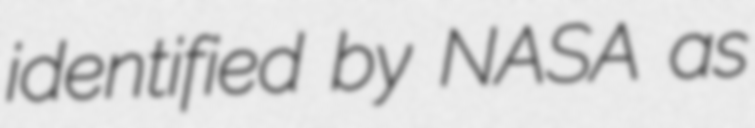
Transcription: identified by NASA as